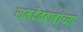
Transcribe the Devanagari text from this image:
रामदेवबाबांच्या